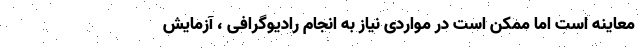
معاینه است اما ممکن است در مواردی نیاز به انجام رادیوگرافی ، آزمایش